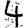
Digit: 4